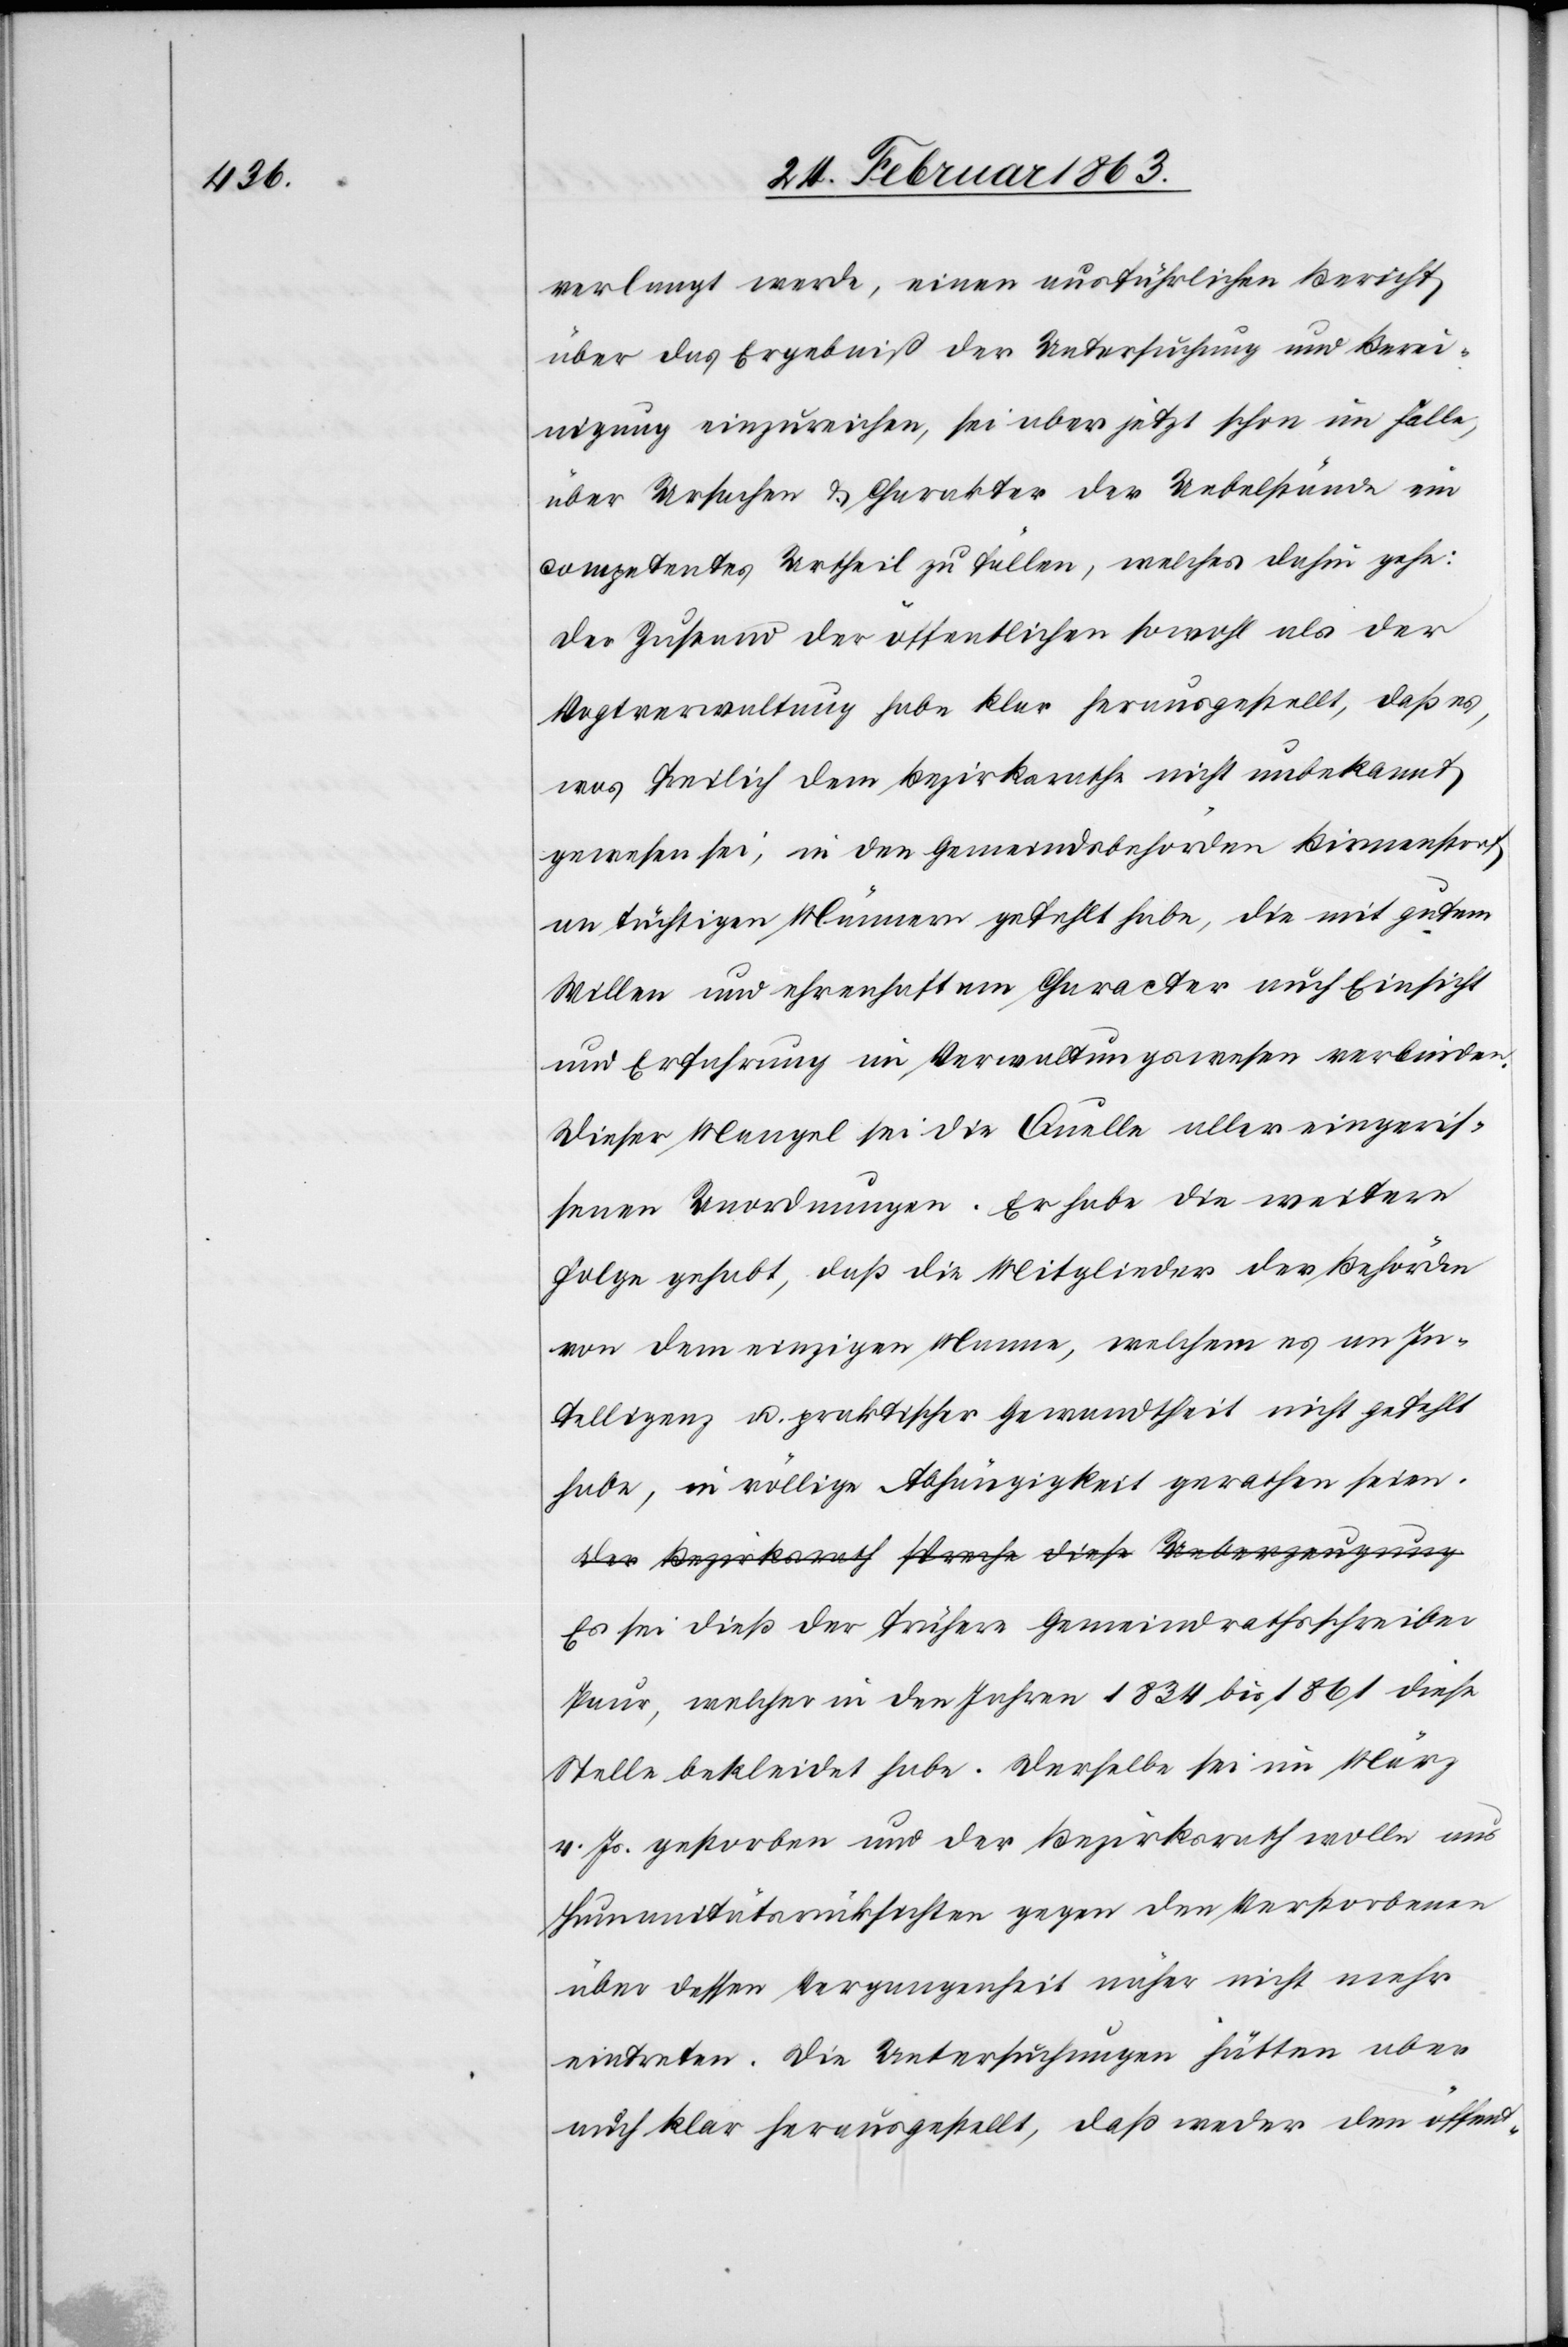
verlangt werde, einen ausführlichen Bericht
über das Ergebniß der Untersuchung und Berei¬
nigung einzureichen, sei aber jetzt schon im Falle,
über Ursachen & Charakter der Uebelstände ein
competentes Urtheil zu fällen, welches dahin gehe:
Der Zustand der öffentlichen sowohl als der
Vogtverwaltung habe klar herausgestellt, daß es,
was freilich dem Bezirksrathe nicht unbekannt
gewesen sei, in den Gemeindsbehörden Birmenstorf
an tüchtigen Männern gefehlt habe, die mit gutem
Willen und ehrenhaftem Character auch Einsicht
und Erfahrung im Verwaltungswesen verbinden.
Dieser Mangel sei die Quelle aller eingeris¬
senen Unordnungen. Er habe die weitere
Folge gehabt, daß die Mitglieder der Behörden
von dem einzigen Manne, welchem es an In¬
telligenz u. praktischer Gewandtheit nicht gefehlt
habe, in völlige Abhängigkeit gerathen seien.
Es sei dieß der frühere Gemeindrathsschreiber
Paur, welcher in den Jahren 1834 bis 1861 diese
Stelle bekleidet habe. Derselbe sei im März
v. Js. gestorben und der Bezirksrath wolle aus
Humanitätsrücksichten gegen den Verstorbenen
über dessen Vergangenheit näher nicht mehr
eintreten. Die Untersuchungen hätten aber
auch klar herausgestellt, daß weder den öffent-